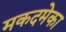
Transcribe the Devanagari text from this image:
मकदमेका